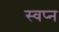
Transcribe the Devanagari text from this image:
स्वप्‍न